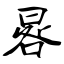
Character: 晷